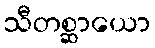
သီတစ္ဆာယော